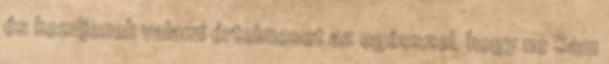
és kezdjenek valami értelmeset az egésszel, hogy ne Sam